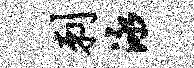
刺泳